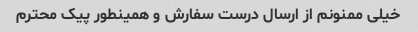
خیلی ممنونم از ارسال درست سفارش و همینطور پیک محترم